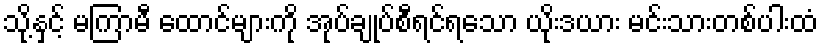
သို့နှင့် မကြာမီ ထောင်များကို အုပ်ချုပ်စီရင်ရသော ယိုးဒယား မင်းသားတစ်ပါးထံ